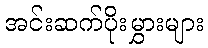
အင်းဆက်ပိုးမွှားများ